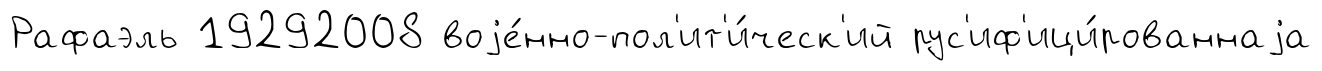
Рафаэль 19292008 воjе́нно-пол'ит'и́ческ'ий рус'иф'ици́рованнаjа